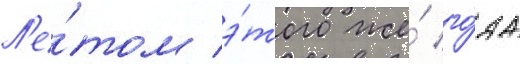
Л'е́том э́того же́ го́да